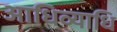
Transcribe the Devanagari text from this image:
आधिव्याधि